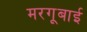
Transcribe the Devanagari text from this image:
मरगूबाई